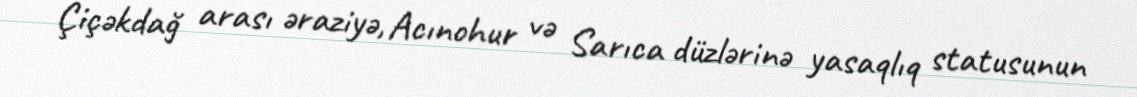
Çiçəkdağ arası əraziyə, Acınohur və Sarıca düzlərinə yasaqlıq statusunun